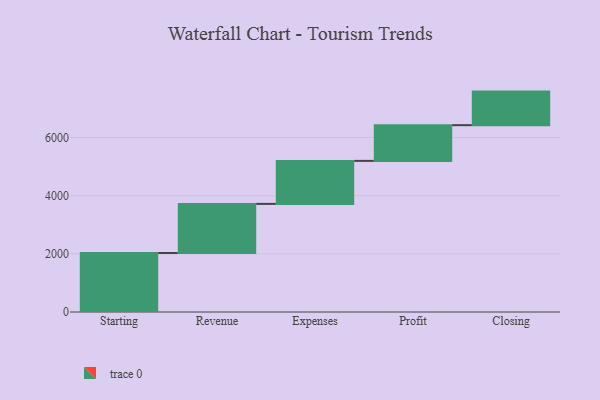
{"axis": {"x": "Step", "y": "Value"}, "legend": [""], "data": [{"x": "Starting", "y": 2028.0, "type": ""}, {"x": "Revenue", "y": 1689.0, "type": ""}, {"x": "Expenses", "y": 1479.0, "type": ""}, {"x": "Profit", "y": 1228.0, "type": ""}, {"x": "Closing", "y": 1154.0, "type": ""}]}